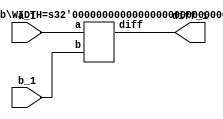
`timescale 1ns / 1ps
//Test Subtractor
module testSub(a_1,b_1,diff_1);
	input [31:0] a_1;
	input [31:0] b_1;
	output [31:0] diff_1;
	
	
	Sub #(.WIDTH(32)) Sub_1(a_1,b_1,diff_1);
	endmodule
//Subtractor Module
module Sub #(parameter WIDTH = 32) (a,b,diff);

input [WIDTH - 1: 0] a;
input [WIDTH - 1: 0] b;
output [WIDTH - 1: 0] diff;


	
	assign{diff} = a - b;
	
endmodule //End Subtractor Module